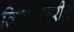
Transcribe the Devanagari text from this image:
विमानावरील